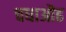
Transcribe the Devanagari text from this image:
चधाऒढ